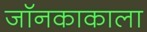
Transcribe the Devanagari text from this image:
जॉनकाकाला